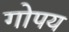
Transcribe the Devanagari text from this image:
गोपय